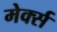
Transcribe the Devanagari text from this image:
मेर्क्स